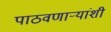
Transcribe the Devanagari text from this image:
पाठवणाऱ्यांशी